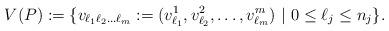
LaTeX: \begin{align*}V(P):=\{v_{\ell_1 \ell_2 \dots \ell_m}:=(v_{\ell_1}^1, v_{\ell_2}^2, \dots, v_{\ell_m}^m )~ |~0\leq \ell_j \leq n_j\}.\end{align*}